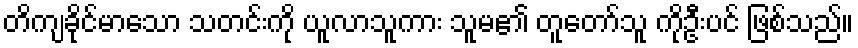
တိကျခိုင်မာသော သတင်းကို ယူလာသူကား သူမ၏ တူတော်သူ ကိုဦးပင် ဖြစ်သည်။